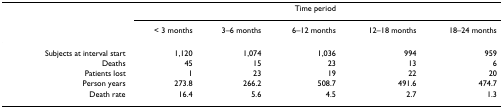
|  | <COLSPAN=5> Time period |
 |  | < 3 months | 3–6 months | 6–12 months | 12–18 months | 18–24 months |
 | --- | --- | --- | --- | --- | --- |
 | Subjects at interval start | 1,120 | 1,074 | 1,036 | 994 | 959 |
 | Deaths | 45 | 15 | 23 | 13 | 6 |
 | Patients lost | 1 | 23 | 19 | 22 | 20 |
 | Person years | 273.8 | 266.2 | 508.7 | 491.6 | 474.7 |
 | Death rate | 16.4 | 5.6 | 4.5 | 2.7 | 1.3 |